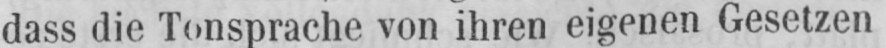
dass die Tonsprache von ihren eigenen Gesetzen